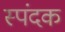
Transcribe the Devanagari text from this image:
स्पंदक